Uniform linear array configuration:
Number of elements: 48
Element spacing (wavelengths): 0.25
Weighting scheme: kaiser
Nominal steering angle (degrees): -30
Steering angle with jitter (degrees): -31.975
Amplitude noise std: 0.05
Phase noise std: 0.05

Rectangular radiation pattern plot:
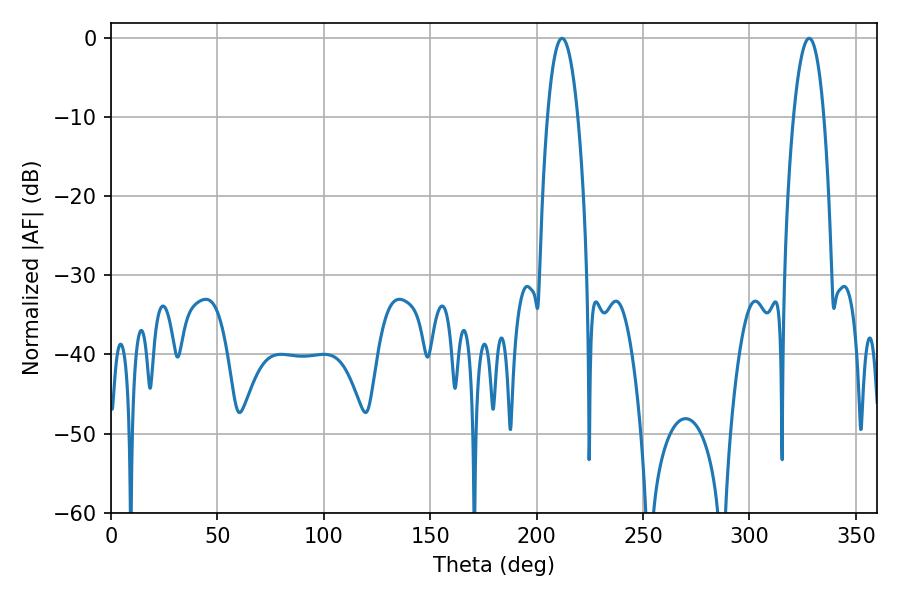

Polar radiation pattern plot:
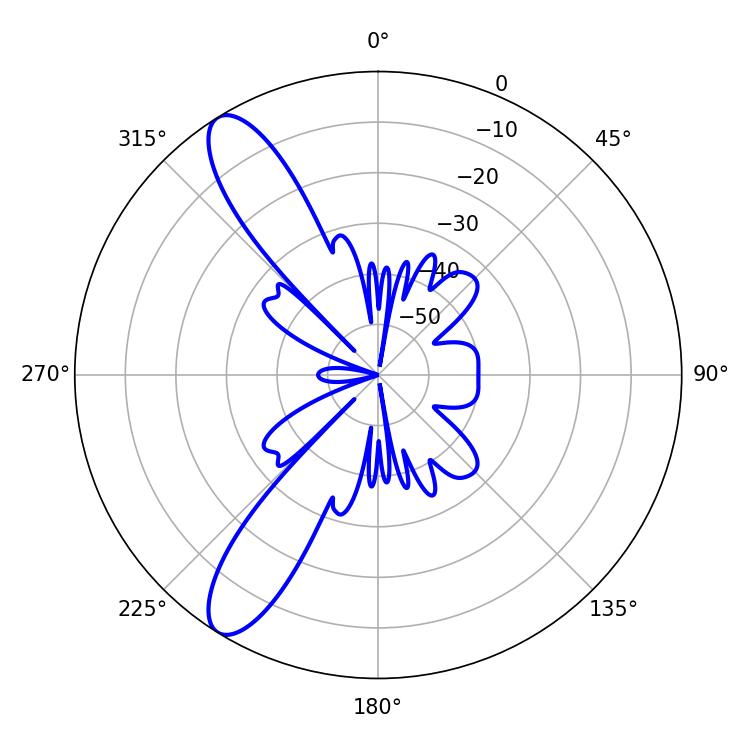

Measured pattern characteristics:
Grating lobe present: FALSE
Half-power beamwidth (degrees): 7.92
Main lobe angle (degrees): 211.86